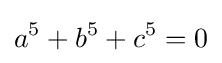
a^{5}+b^{5}+c^{5}=0